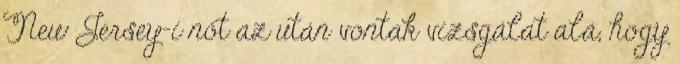
New Jersey-i nőt az után vontak vizsgálat alá, hogy